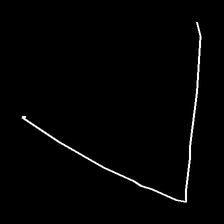
Glyph: region